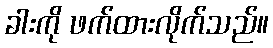
ခါးကို ဖက်ထားလိုက်သည်။